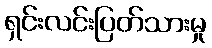
ရှင်းလင်းပြတ်သားမှု